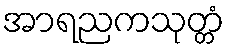
အာရညကသုတ္တံ